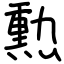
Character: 勲